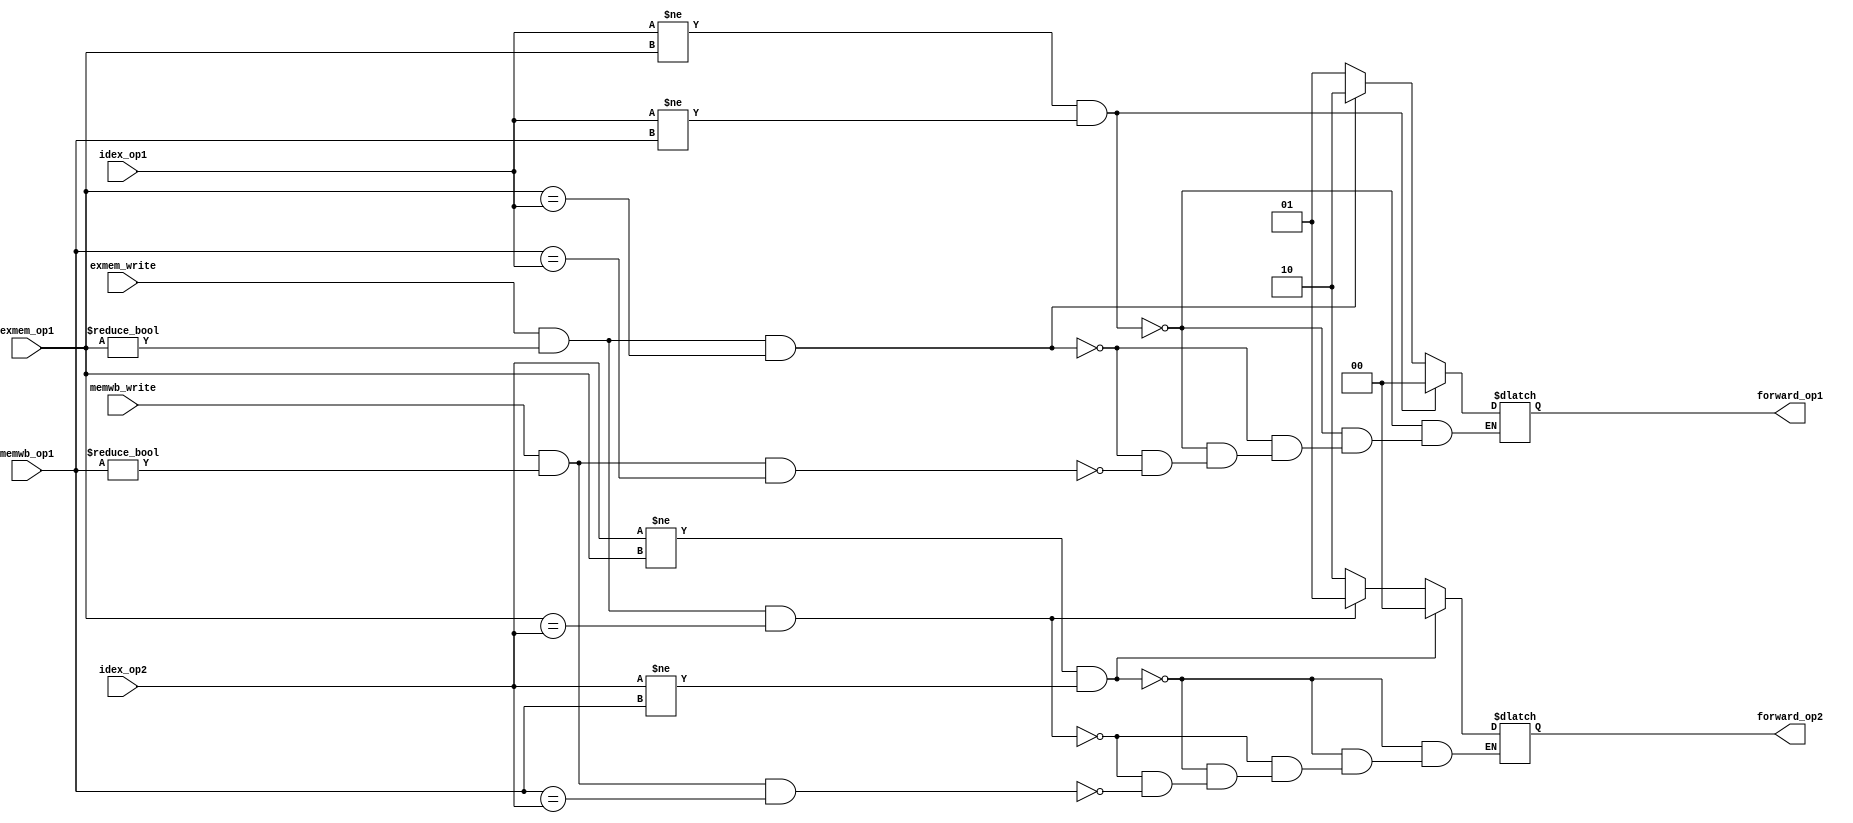
module fwd_unit(input [3:0] idex_op1, idex_op2, exmem_op1, memwb_op1, input exmem_write, memwb_write, output reg[1:0] forward_op1, output reg[1:0] forward_op2);
always@(*)
begin
	if(idex_op1 != exmem_op1 && idex_op1 != memwb_op1)	
		forward_op1 = 2'b00;
	else if(exmem_write && (exmem_op1 != 0) && (exmem_op1 == idex_op1))
		forward_op1 = 2'b10;
	else if(memwb_write && (memwb_op1 != 0) && (memwb_op1 == idex_op1))
		forward_op1 = 2'b01;
	
	if(idex_op2 != exmem_op1 && idex_op2 != memwb_op1)
		forward_op2 = 2'b00;
	else if(exmem_write && (exmem_op1 != 0) && (exmem_op1 == idex_op2))
		forward_op2 = 2'b01;
	else if(memwb_write && (memwb_op1 != 0) && (memwb_op1 == idex_op2))
		forward_op2 = 2'b10;	
end
endmodule